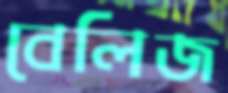
বেলিজ